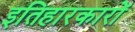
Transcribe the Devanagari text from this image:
इतिहारकारों